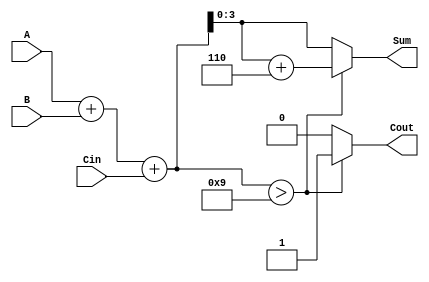
module BCD_Fast_Adder (
    input  wire [3:0] A,      // BCD digit A
    input  wire [3:0] B,      // BCD digit B
    input  wire Cin,          // Carry-in
    output reg  [3:0] Sum,    // BCD sum output
    output reg  Cout          // Carry-out
);

    wire [4:0] TempSum;       // 5-bit temporary sum (to accommodate carry)
    
    // Step 1: Perform binary addition
    assign TempSum = A + B + Cin;

    // Step 2: BCD Correction Logic
    always @(*) begin
        if (TempSum > 9) begin
            Sum = TempSum + 6; // Correcting the sum to valid BCD
            Cout = 1;          // Set carry-out
        end else begin
            Sum = TempSum[3:0]; // No correction needed
            Cout = 0;           // No carry-out
        end
    end

endmodule